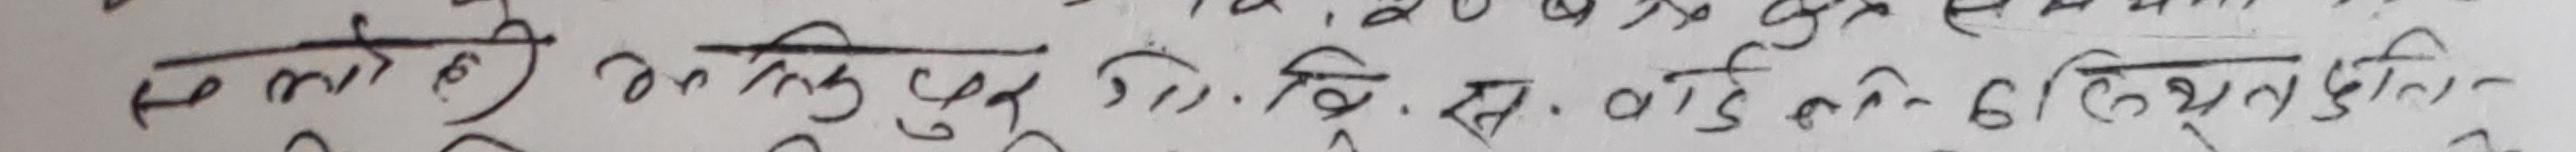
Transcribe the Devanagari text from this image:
से लोही जन्तिपुर जि. बि. स. वाईकोट ढिङ्तुल्डीन